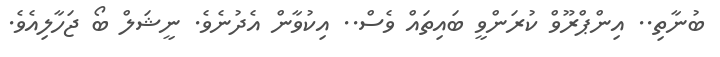
ބުނާތި.. އިންޕްރޫވް ކުރަންވީ ބައިތައް ވެސް.. އިކުވާން އެދުނެވެ. ނީޝަލް ބޯ ޖަހާލިއެވެ.